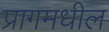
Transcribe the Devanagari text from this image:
प्रागमधील